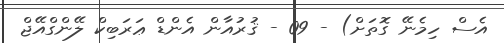
އެސް ހިމެނޭ ގޮތަށް) - 09 - ޤުރުއާން އެންޑް ޢަރަބިކް ލޭންގްއޭޖް